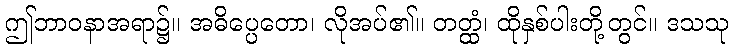
ဤဘာဝနာအရာ၌။ အဓိပ္ပေတော၊ လိုအပ်၏။ တတ္ထံ၊ ထိုနှစ်ပါးတို့တွင်။ ဒသသု